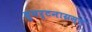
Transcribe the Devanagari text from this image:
दुघर्टनाग्रस्त